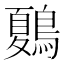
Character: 𪄂